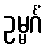
ဥမ္မင်္ဂံ